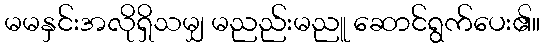
မမနှင်းအလိုရှိသမျှ မညည်းမညူ ဆောင်ရွက်ပေး၏။